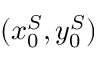
( x _ { 0 } ^ { S } , y _ { 0 } ^ { S } )